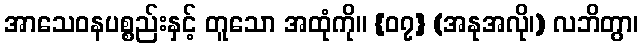
အာသေဝနပစ္စည်းနှင့် တူသော အထုံကို။ {၀၇} (အနုအလို၊) လဘိတွာ၊